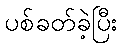
ပစ်ခတ်ခဲ့ပြီး